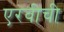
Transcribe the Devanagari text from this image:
एरवीची